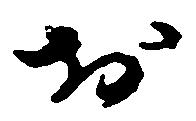
於